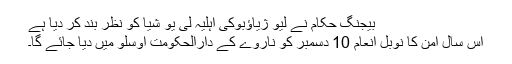
بیجنگ حکام نے لیو ژياؤبوکی اہلیہ لی یو شیا کو نظر بند کر دیا ہے
اس سال امن کا نوبل انعام 10 دسمبر کو ناروے کے دارالحکومت اوسلو ميں ديا جائے گا۔